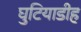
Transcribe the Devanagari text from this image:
घुटियाडीह